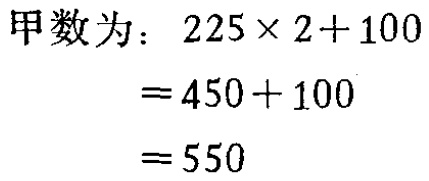
甲数为：
\[
\begin{align*}
&225\times 2 + 100\\
=&450+100\\
=&550
\end{align*}
\]